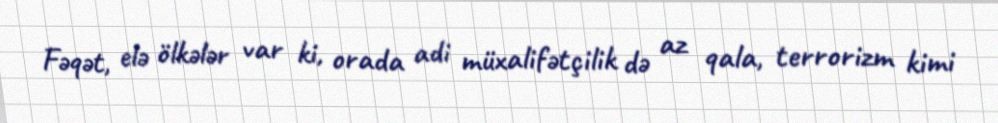
Fəqət, elə ölkələr var ki, orada adi müxalifətçilik də az qala, terrorizm kimi